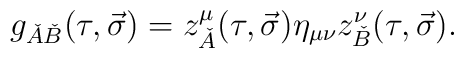
g_{\check{A}\check{B}}(\tau,\vec{\sigma})=z^\mu_{\check{A}}(\tau,\vec{\sigma})\eta_{\mu\nu}z^\nu_{\check{B}}(\tau,\vec{\sigma}).